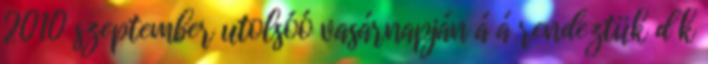
2010 szeptember utolsóó vasárnapján á á rendeztük d k